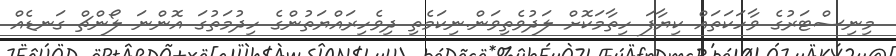
މިނިސްޓަރުގެ ވާހަކަތައް ކިޔާފަ ހިތާމަކޮށް ލަދުވެތިވަން.ނިކަމެތި ދިވެހިރައްޔަތުންގެ ހިދުމަތުގަ އޮންނަ ލޯންޗް ގަނޑެއް